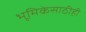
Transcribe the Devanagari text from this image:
भूमिकेसाठीही